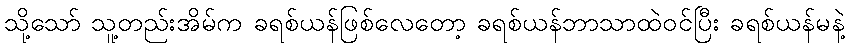
သို့သော် သူ့တည်းအိမ်က ခရစ်ယန်ဖြစ်လေတော့ ခရစ်ယန်ဘာသာထဲဝင်ပြီး ခရစ်ယန်မနဲ့